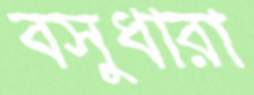
বসুধারা